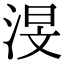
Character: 渂